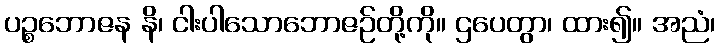
ပဉ္စဘောဇန နိ၊ ငါးပါသောဘောဇဉ်တို့ကို။ ဌပေတွာ၊ ထား၍။ အညံ၊